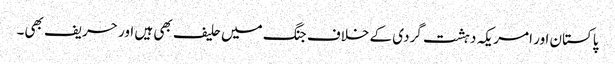
پاکستان اور امریکہ دہشت گردی کے خلاف جنگ میں حلیف بھی ہیں اور حریف بھی۔